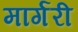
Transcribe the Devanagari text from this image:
मार्गरी